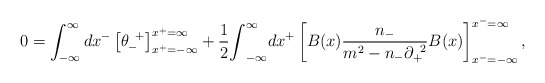
\begin{align*}0=\int^{\infty}_{-{\infty}}dx^- \left[{\theta}_-^{\;\;+} \right]^{x^+={\infty}}_{x^+=-{\infty}} +\frac{1}{2}{\int}^{\infty}_{-{\infty}}dx^+ \left[ B(x)\frac{n_-}{m^2-n_-{\partial}_+^{\;\;2}}B(x)\right]^{x^-={\infty}}_{x^-=-{\infty}}, \end{align*}